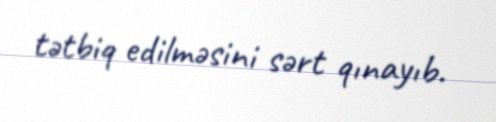
tətbiq edilməsini sərt qınayıb.